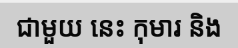
ជាមួយ នេះ កុមារ និង